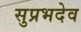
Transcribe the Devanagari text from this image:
सुप्रभदेव